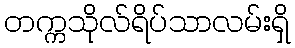
တက္ကသိုလ်ရိပ်သာလမ်းရှိ